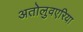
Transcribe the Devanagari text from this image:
अतोलुवएरिया